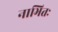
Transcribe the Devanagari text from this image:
नाभितः